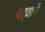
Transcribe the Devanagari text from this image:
पर्वाने